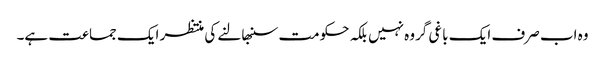
وہ اب صرف ایک باغی گروہ نہیں بلکہ حکومت سنبھالنے کی منتظر ایک جماعت ہے۔